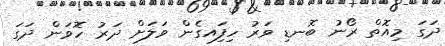
ދަގަ މިއޮތް ރޯނު ބޮނޑި ވަރު ހިފަިއގެން ވަލަށް ދަރު ހޮވަން ދަގަ